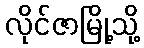
လိုင်ဇာမြို့သို့